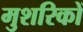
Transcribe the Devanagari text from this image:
मुशरिकों